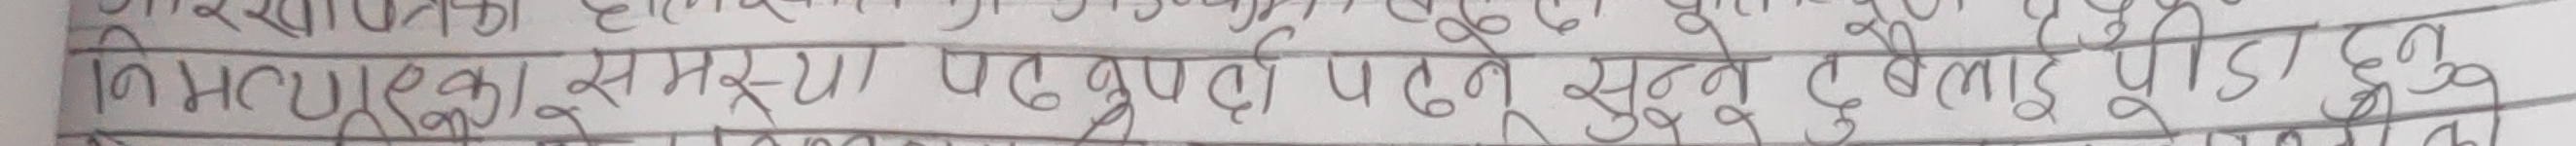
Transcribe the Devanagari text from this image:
निम्न समूहमा पाकुर्दो पतन सुत्त (बेलाय पाद)